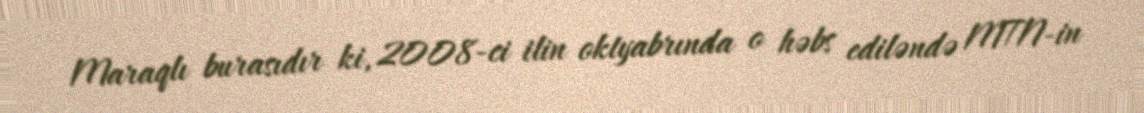
Maraqlı burasıdır ki, 2008-ci ilin oktyabrında o həbs ediləndə MTN-in